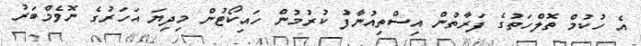
އެ ހުކުމް ތޮލްހަތުގެ ފަރާތުން އިސްތިއުނާފު ކުރުމުން ހައިކޯޓުން މިދިޔަ އަހަރުގެ ނޮވެމްބަރު